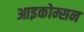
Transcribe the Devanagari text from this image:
आइकोम्सन